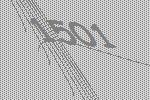
1501